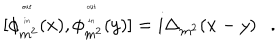
[ \phi _ { m ^ { 2 } } ^ { { \tiny \begin{matrix} { { o u t } } \\ { { i n } } \\ \end{matrix} } } ( x ) , \phi _ { m ^ { 2 } } ^ { { \tiny \begin{matrix} { { o u t } } \\ { { i n } } \\ \end{matrix} } } ( y ) ] = i \Delta _ { m ^ { 2 } } ( x - y ) .